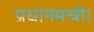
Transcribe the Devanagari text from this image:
प्रधानमन्त्री।